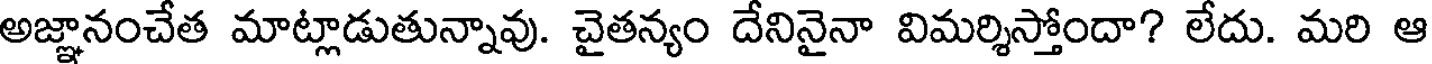
అజ్ఞానంచేత మాట్లాడుతున్నావు. చైతన్యం దేనినైనా విమర్శిస్తోందా? లేదు. మరి ఆ